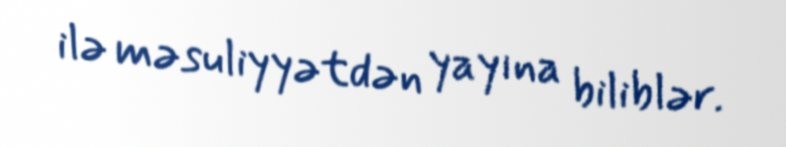
ilə məsuliyyətdən yayına biliblər.